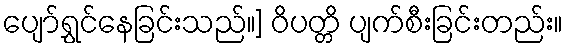
ပျော်ရွှင်နေခြင်းသည်။] ဝိပတ္တိ ပျက်စီးခြင်းတည်း။